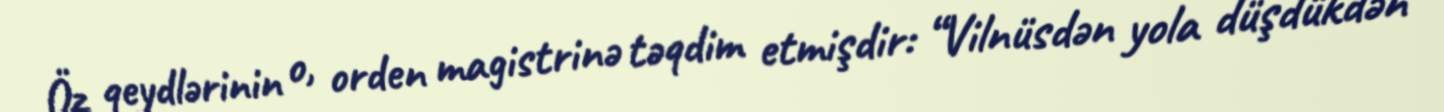
Öz qeydlərinin o, orden magistrinə təqdim etmişdir: “Vilnüsdən yola düşdükdən